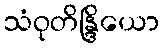
သံဝုတိန္ဒြိယော